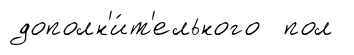
дополн'и́т'ельного пол